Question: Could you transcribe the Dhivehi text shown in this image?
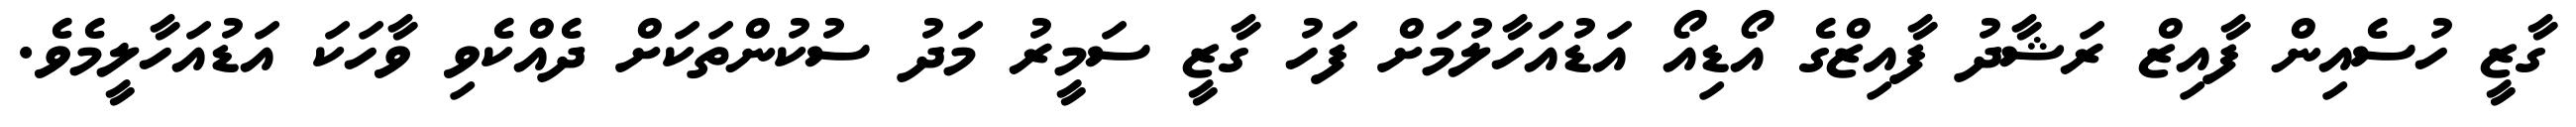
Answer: ގާޒީ ހުސެއިން ފާއިޒް ރަޝާދު ފާއިޒްގެ އޯޑިއޯ އަޑުއަހާލުމަށް ފަހު ގާޒީ ސަމީރު މަދު ސުކުންތަކަށް ދެއްކެވި ވާހަކަ އަޑުއަހާލީމެވެ.